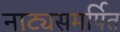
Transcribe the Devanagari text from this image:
नाट्यसमर्पित